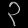
Digit: ၃